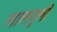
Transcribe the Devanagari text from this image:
लालगुली